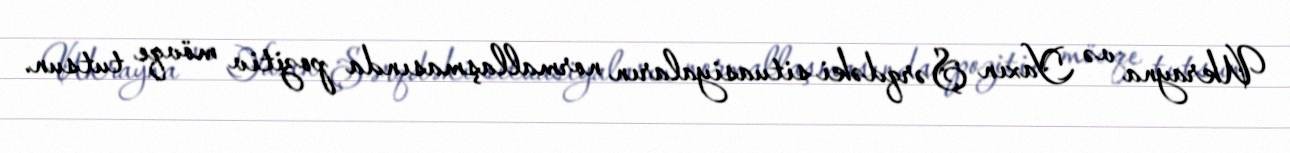
Ukrayna və Yaxın Şərqdəki situasiyaların normallaşmasında pozitiv mövqe tutsun.